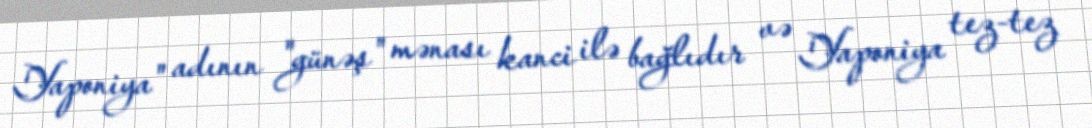
Yaponiya" adının "günəş" mənası kanci ilə bağlıdır və Yaponiya tez-tez